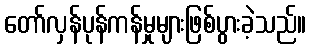
တော်လှန်ပုန်ကန်မှုများဖြစ်ပွားခဲ့သည်။